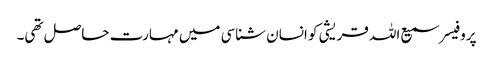
پروفیسر سمیع اللہ قریشی کو انسان شناسی میں مہارت حاصل تھی۔